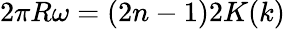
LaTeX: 2\pi R\omega=(2n-1)2K(k)